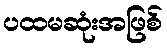
ပထမဆုံးအဖြစ်